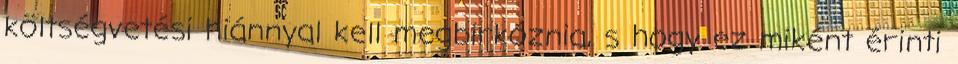
költségvetési hiánnyal kell megbirkóznia, s hogy ez miként érinti